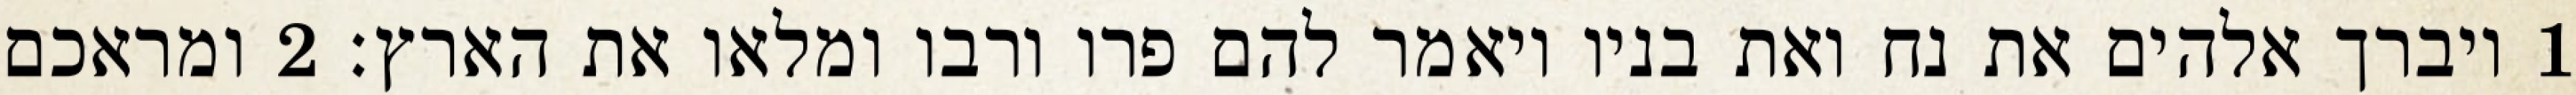
1 ויברך אלהים את נח ואת בניו ויאמר להם פרו ורבו ומלאו את הארץ׃ ‎2‏ ומראכם